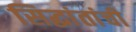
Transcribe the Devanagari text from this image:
सिद्घांतांची